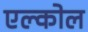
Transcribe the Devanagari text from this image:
एल्कोल